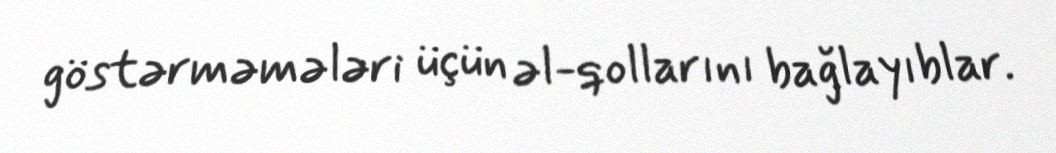
göstərməmələri üçün əl-qollarını bağlayıblar.